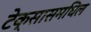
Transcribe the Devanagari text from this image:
टेक्सासमधिल